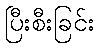
ပြီးစီးခြင်း